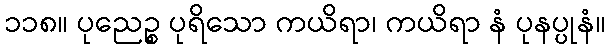
၁၁၈။ ပုညေဉ္စ ပုရိသော ကယိရာ၊ ကယိရာ နံ ပုနပ္ပုနံ။